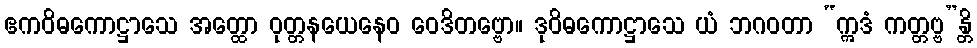
ဧကဝိဓကောဋ္ဌာသေ အတ္ထော ဝုတ္တနယေနေဝ ဝေဒိတဗ္ဗော။ ဒုဝိဓကောဋ္ဌာသေ ယံ ဘဂဝတာ “ဣဒံ ကတ္တဗ္ဗ”န္တိ